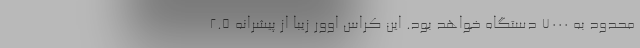
محدود به 7000 دستگاه خواهد بود. این کراس اوور زیبا از پیشرانه 2.5